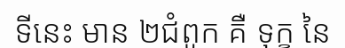
ទីនេះ មាន ២ជំពូក គឺ ទុក្ខ នៃ